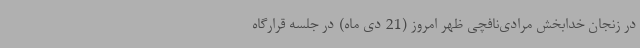
در زنجان خدابخش مرادی‌نافچی ظهر امروز (21 دی ماه) در جلسه قرارگاه